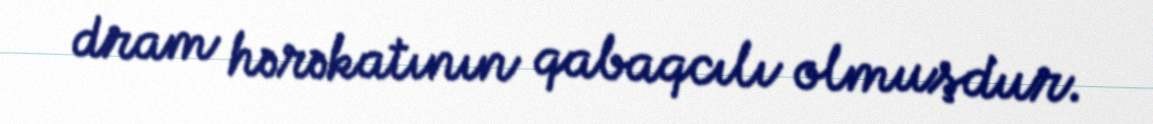
dram hərəkatının qabaqcılı olmuşdur.